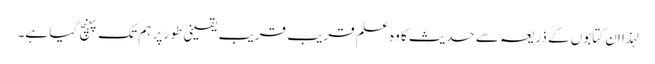
لہذا ان کتابوں کے ذریعہ سے حدیث کا وہ علم قریب قریب یقینی طو ر پر ہم تک پہنچ گیا ہے۔